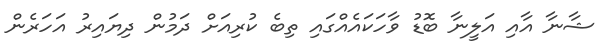
ޝާނާ އާއި އަލީނާ ބޮޑު ވާހަކައެއްގައި ތިބެ ކުރިއަށް ދަމުން ދިޔައިރު އަހަރެން